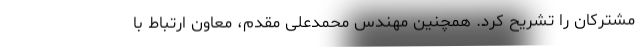
مشترکان را تشریح کرد. همچنین مهندس محمدعلی مقدم، معاون ارتباط با